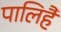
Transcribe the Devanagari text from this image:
पालिहैं